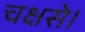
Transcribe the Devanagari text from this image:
चक्षसे।